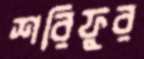
শরিফুর